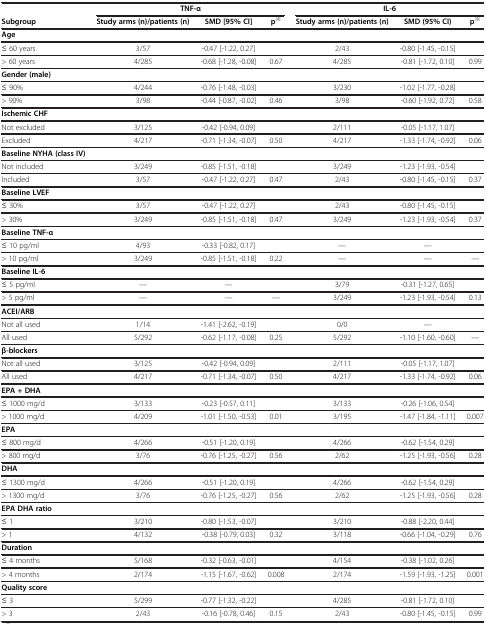
<table><thead><tr><td><b> </b></td><td colspan="3"><b>TNF-α</b></td><td colspan="3"><b>IL-6</b></td></tr><tr><td><b>Subgroup</b></td><td><b>Study arms (n)/patients (n)</b></td><td><b>SMD [95% CI]</b></td><td><b>p<sup>※</sup></b></td><td><b>Study arms (n)/patients (n)</b></td><td><b>SMD (95% CI)</b></td><td><b>p<sup>※</sup></b></td></tr></thead><tbody><tr><td><b>Age</b></td><td> </td><td> </td><td> </td><td> </td><td> </td><td> </td></tr><tr><td>≤ 60 years</td><td>3/57</td><td>-0.47 [-1.22, 0.27]</td><td> </td><td>2/43</td><td>-0.80 [-1.45, -0.15]</td><td> </td></tr><tr><td>&gt; 60 years</td><td>4/285</td><td>-0.68 [-1.28, -0.08]</td><td>0.67</td><td>4/285</td><td>-0.81 [-1.72, 0.10]</td><td>0.99</td></tr><tr><td><b>Gender (male)</b></td><td> </td><td> </td><td> </td><td> </td><td> </td><td> </td></tr><tr><td>≤ 90%</td><td>4/244</td><td>-0.76 [-1.48, -0.03]</td><td> </td><td>3/230</td><td>-1.02 [-1.77, -0.28]</td><td> </td></tr><tr><td>&gt; 90%</td><td>3/98</td><td>-0.44 [-0.87, -0.02]</td><td>0.46</td><td>3/98</td><td>-0.60 [-1.92, 0.72]</td><td>0.58</td></tr><tr><td><b>Ischemic CHF</b></td><td> </td><td> </td><td> </td><td> </td><td> </td><td> </td></tr><tr><td>Not excluded</td><td>3/125</td><td>-0.42 [-0.94, 0.09]</td><td> </td><td>2/111</td><td>-0.05 [-1.17, 1.07]</td><td> </td></tr><tr><td>Excluded</td><td>4/217</td><td>-0.71 [-1.34, -0.07]</td><td>0.50</td><td>4/217</td><td>-1.33 [-1.74, -0.92]</td><td>0.06</td></tr><tr><td><b>Baseline NYHA (class IV)</b></td><td> </td><td> </td><td> </td><td> </td><td> </td><td> </td></tr><tr><td>Not included</td><td>3/249</td><td>-0.85 [-1.51, -0.18]</td><td> </td><td>3/249</td><td>-1.23 [-1.93, -0.54]</td><td> </td></tr><tr><td>Included</td><td>3/57</td><td>-0.47 [-1.22, 0.27]</td><td>0.47</td><td>2/43</td><td>-0.80 [-1.45, -0.15]</td><td>0.37</td></tr><tr><td><b>Baseline LVEF</b></td><td> </td><td> </td><td> </td><td> </td><td> </td><td> </td></tr><tr><td>≤ 30%</td><td>3/57</td><td>-0.47 [-1.22, 0.27]</td><td> </td><td>2/43</td><td>-0.80 [-1.45, -0.15]</td><td> </td></tr><tr><td>&gt; 30%</td><td>3/249</td><td>-0.85 [-1.51, -0.18]</td><td>0.47</td><td>3/249</td><td>-1.23 [-1.93, -0.54]</td><td>0.37</td></tr><tr><td><b>Baseline TNF-α</b></td><td> </td><td> </td><td> </td><td> </td><td> </td><td> </td></tr><tr><td>≤ 10 pg/ml</td><td>4/93</td><td>-0.33 [-0.82, 0.17]</td><td> </td><td>—</td><td>—</td><td> </td></tr><tr><td>&gt; 10 pg/ml</td><td>3/249</td><td>-0.85 [-1.51, -0.18]</td><td>0.22</td><td>—</td><td>—</td><td>—</td></tr><tr><td><b>Baseline IL-6</b></td><td> </td><td> </td><td> </td><td> </td><td> </td><td> </td></tr><tr><td>≤ 5 pg/ml</td><td>—</td><td>—</td><td> </td><td>3/79</td><td>-0.31 [-1.27, 0.65]</td><td> </td></tr><tr><td>&gt; 5 pg/ml</td><td>—</td><td>—</td><td>—</td><td>3/249</td><td>-1.23 [-1.93, -0.54]</td><td>0.13</td></tr><tr><td><b>ACEI/ARB</b></td><td> </td><td> </td><td> </td><td> </td><td> </td><td> </td></tr><tr><td>Not all used</td><td>1/14</td><td>-1.41 [-2.62, -0.19]</td><td> </td><td>0/0</td><td>—</td><td> </td></tr><tr><td>All used</td><td>5/292</td><td>-0.62 [-1.17, -0.08]</td><td>0.25</td><td>5/292</td><td>-1.10 [-1.60, -0.60]</td><td>—</td></tr><tr><td><b>β-blockers</b></td><td> </td><td> </td><td> </td><td> </td><td> </td><td> </td></tr><tr><td>Not all used</td><td>3/125</td><td>-0.42 [-0.94, 0.09]</td><td> </td><td>2/111</td><td>-0.05 [-1.17, 1.07]</td><td> </td></tr><tr><td>All used</td><td>4/217</td><td>-0.71 [-1.34, -0.07]</td><td>0.50</td><td>4/217</td><td>-1.33 [-1.74, -0.92]</td><td>0.06</td></tr><tr><td><b>EPA + DHA</b></td><td> </td><td> </td><td> </td><td> </td><td> </td><td> </td></tr><tr><td>≤ 1000 mg/d</td><td>3/133</td><td>-0.23 [-0.57, 0.11]</td><td> </td><td>3/133</td><td>-0.26 [-1.06, 0.54]</td><td> </td></tr><tr><td>&gt; 1000 mg/d</td><td>4/209</td><td>-1.01 [-1.50, -0.53]</td><td>0.01</td><td>3/195</td><td>-1.47 [-1.84, -1.11]</td><td>0.007</td></tr><tr><td><b>EPA</b></td><td> </td><td> </td><td> </td><td> </td><td> </td><td> </td></tr><tr><td>≤ 800 mg/d</td><td>4/266</td><td>-0.51 [-1.20, 0.19]</td><td> </td><td>4/266</td><td>-0.62 [-1.54, 0.29]</td><td> </td></tr><tr><td>&gt; 800 mg/d</td><td>3/76</td><td>-0.76 [-1.25, -0.27]</td><td>0.56</td><td>2/62</td><td>-1.25 [-1.93, -0.56]</td><td>0.28</td></tr><tr><td><b>DHA</b></td><td> </td><td> </td><td> </td><td> </td><td> </td><td> </td></tr><tr><td>≤ 1300 mg/d</td><td>4/266</td><td>-0.51 [-1.20, 0.19]</td><td> </td><td>4/266</td><td>-0.62 [-1.54, 0.29]</td><td> </td></tr><tr><td>&gt; 1300 mg/d</td><td>3/76</td><td>-0.76 [-1.25, -0.27]</td><td>0.56</td><td>2/62</td><td>-1.25 [-1.93, -0.56]</td><td>0.28</td></tr><tr><td><b>EPA DHA ratio</b></td><td> </td><td> </td><td> </td><td> </td><td> </td><td> </td></tr><tr><td>≤ 1</td><td>3/210</td><td>-0.80 [-1.53, -0.07]</td><td> </td><td>3/210</td><td>-0.88 [-2.20, 0.44]</td><td> </td></tr><tr><td>&gt; 1</td><td>4/132</td><td>-0.38 [-0.79, 0.03]</td><td>0.32</td><td>3/118</td><td>-0.66 [-1.04, -0.29]</td><td>0.76</td></tr><tr><td><b>Duration</b></td><td> </td><td> </td><td> </td><td> </td><td> </td><td> </td></tr><tr><td>≤ 4 months</td><td>5/168</td><td>-0.32 [-0.63, -0.01]</td><td> </td><td>4/154</td><td>-0.38 [-1.02, 0.26]</td><td> </td></tr><tr><td>&gt; 4 months</td><td>2/174</td><td>-1.15 [-1.67, -0.62]</td><td>0.008</td><td>2/174</td><td>-1.59 [-1.93, -1.25]</td><td>0.001</td></tr><tr><td><b>Quality score</b></td><td> </td><td> </td><td> </td><td> </td><td> </td><td> </td></tr><tr><td>≤ 3</td><td>5/299</td><td>-0.77 [-1.32, -0.22]</td><td> </td><td>4/285</td><td>-0.81 [-1.72, 0.10]</td><td> </td></tr><tr><td>&gt; 3</td><td>2/43</td><td>-0.16 [-0.78, 0.46]</td><td>0.15</td><td>2/43</td><td>-0.80 [-1.45, -0.15]</td><td>0.99</td></tr></tbody></table>